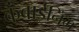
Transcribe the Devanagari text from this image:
कंबाईनिंग